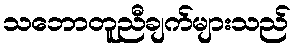
သဘောတူညီချက်များသည်